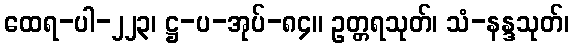
ထေရ-ပါ-၂၂၃၊ ဋ္ဌ-ပ-အုပ်-၈၄။ ဥတ္တရသုတ်၊ သံ-နန္ဒသုတ်၊